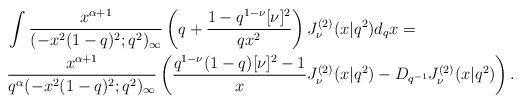
LaTeX: \begin{align*} &\int \dfrac{x^{\alpha+1}}{(- x^2 (1-q)^2;q^2)_\infty} \left(q+\frac{1-q^{1-\nu}[\nu]^2}{qx^2} \right) J_\nu^{(2)}( x |q^2) d_qx = \\& \frac{x^{\alpha+1}}{q^{\alpha}(- x^2 (1-q)^2;q^2)_\infty} \left( \frac{q^{1-\nu}(1-q)[\nu]^2-1}{x} J_\nu^{(2)}( x |q^2)- D_{q^{-1}} J_\nu^{(2)}( x |q^2) \right). \end{align*}